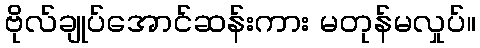
ဗိုလ်ချုပ်အောင်ဆန်းကား မတုန်မလှုပ်။